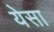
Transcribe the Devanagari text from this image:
येसा